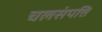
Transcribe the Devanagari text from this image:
चलसंपत्ति